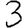
Digit: 3